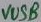
Text: VUSB